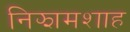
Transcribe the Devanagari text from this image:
निझामशाह